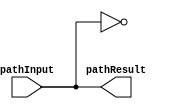
module ro_18(pathResult, pathInput);
input pathInput;
output pathResult;

(* keep = 1 *) wire w0, w1, w2, w3, w4, w5, w6, w7, w8, w9, w10, w11, w12, w13, w14, w15, w16;

not n0(w0, pathInput);
not n1(w1, w0);
not n2(w2, w1);
not n3(w3, w2);
not n4(w4, w3);
not n5(w5, w4);
not n6(w6, w5);
not n7(w7, w6);
not n8(w8, w7);
not n9(w9, w8);
not n10(w10, w9);
not n11(w11, w10);
not n12(w12, w11);
not n13(w13, w12);
not n14(w14, w13);
not n15(w15, w14);
not n16(w16, w15);
not n17(pathResult, w16);

endmodule